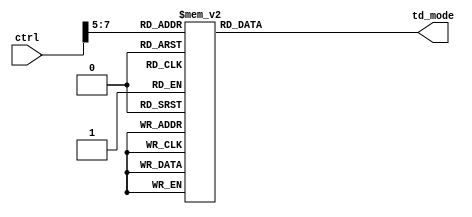
module niosII_system_nios2_0_nios2_oci_td_mode (
                                                  ctrl,
                                                  td_mode
                                               )
;
  output  [  3: 0] td_mode;
  input   [  8: 0] ctrl;
  wire    [  2: 0] ctrl_bits_for_mux;
  reg     [  3: 0] td_mode;
  assign ctrl_bits_for_mux = ctrl[7 : 5];
  always @(ctrl_bits_for_mux)
    begin
      case (ctrl_bits_for_mux)
          3'b000: begin
              td_mode = 4'b0000;
          end 
          3'b001: begin
              td_mode = 4'b1000;
          end 
          3'b010: begin
              td_mode = 4'b0100;
          end 
          3'b011: begin
              td_mode = 4'b1100;
          end 
          3'b100: begin
              td_mode = 4'b0010;
          end 
          3'b101: begin
              td_mode = 4'b1010;
          end 
          3'b110: begin
              td_mode = 4'b0101;
          end 
          3'b111: begin
              td_mode = 4'b1111;
          end 
      endcase 
    end
endmodule